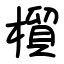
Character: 橮